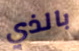
بالذي